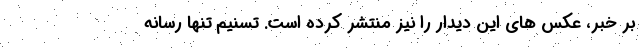
بر خبر، عکس های این دیدار را نیز منتشر کرده است. تسنیم تنها رسانه